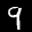
Digit: 9